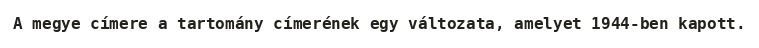
A megye címere a tartomány címerének egy változata, amelyet 1944-ben kapott.